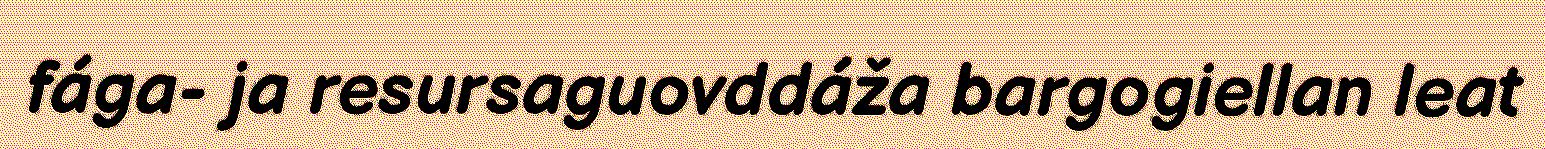
fága- ja resursaguovddáža bargogiellan leat